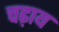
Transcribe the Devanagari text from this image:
चढ़ाय